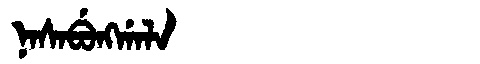
Manchu: ᠨᠠᠰᠠᠪᡠᠩᡤᠠᠯᠠ
Romanization: NASABUNGGALA